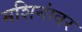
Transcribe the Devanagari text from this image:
मशिनांवर